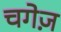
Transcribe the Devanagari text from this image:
चगेज़